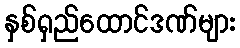
နှစ်ရှည်ထောင်ဒဏ်များ